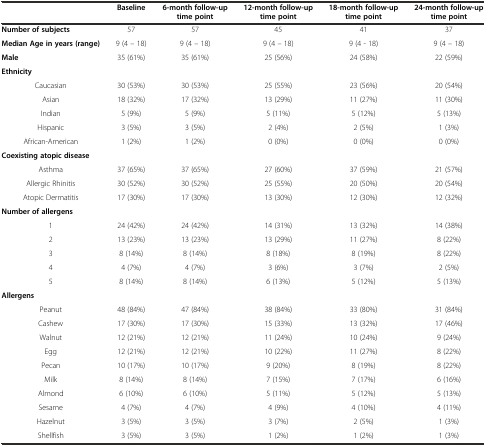
<table><thead><tr><td></td><td><b>Baseline</b></td><td><b>6-month follow-up time point</b></td><td><b>12-month follow-up time point</b></td><td><b>18-month follow-up time point</b></td><td><b>24-month follow-up time point</b></td></tr></thead><tbody><tr><td><b>Number of subjects</b></td><td>57</td><td>57</td><td>45</td><td>41</td><td>37</td></tr><tr><td><b>Median Age in years (range)</b></td><td>9 (4 – 18)</td><td>9 (4 – 18)</td><td>9 (4 – 18)</td><td>9 (4 - 18)</td><td>9 (4 – 18)</td></tr><tr><td><b>Male</b></td><td>35 (61%)</td><td>35 (61%)</td><td>25 (56%)</td><td>24 (58%)</td><td>22 (59%)</td></tr><tr><td colspan="6"><b>Ethnicity</b></td></tr><tr><td>Caucasian</td><td>30 (53%)</td><td>30 (53%)</td><td>25 (55%)</td><td>23 (56%)</td><td>20 (54%)</td></tr><tr><td>Asian</td><td>18 (32%)</td><td>17 (32%)</td><td>13 (29%)</td><td>11 (27%)</td><td>11 (30%)</td></tr><tr><td>Indian</td><td>5 (9%)</td><td>5 (9%)</td><td>5 (11%)</td><td>5 (12%)</td><td>5 (13%)</td></tr><tr><td>Hispanic</td><td>3 (5%)</td><td>3 (5%)</td><td>2 (4%)</td><td>2 (5%)</td><td>1 (3%)</td></tr><tr><td>African-American</td><td>1 (2%)</td><td>1 (2%)</td><td>0 (0%)</td><td>0 (0%)</td><td>0 (0%)</td></tr><tr><td colspan="5"><b>Coexisting atopic disease</b></td><td></td></tr><tr><td>Asthma</td><td>37 (65%)</td><td>37 (65%)</td><td>27 (60%)</td><td>37 (59%)</td><td>21 (57%)</td></tr><tr><td>Allergic Rhinitis</td><td>30 (52%)</td><td>30 (52%)</td><td>25 (55%)</td><td>20 (50%)</td><td>20 (54%)</td></tr><tr><td>Atopic Dermatitis</td><td>17 (30%)</td><td>17 (30%)</td><td>13 (30%)</td><td>12 (30%)</td><td>12 (32%)</td></tr><tr><td colspan="6"><b>Number of allergens</b></td></tr><tr><td>1</td><td>24 (42%)</td><td>24 (42%)</td><td>14 (31%)</td><td>13 (32%)</td><td>14 (38%)</td></tr><tr><td>2</td><td>13 (23%)</td><td>13 (23%)</td><td>13 (29%)</td><td>11 (27%)</td><td>8 (22%)</td></tr><tr><td>3</td><td>8 (14%)</td><td>8 (14%)</td><td>8 (18%)</td><td>8 (19%)</td><td>8 (22%)</td></tr><tr><td>4</td><td>4 (7%)</td><td>4 (7%)</td><td>3 (6%)</td><td>3 (7%)</td><td>2 (5%)</td></tr><tr><td>5</td><td>8 (14%)</td><td>8 (14%)</td><td>6 (13%)</td><td>5 (12%)</td><td>5 (13%)</td></tr><tr><td colspan="6"><b>Allergens</b></td></tr><tr><td>Peanut</td><td>48 (84%)</td><td>47 (84%)</td><td>38 (84%)</td><td>33 (80%)</td><td>31 (84%)</td></tr><tr><td>Cashew</td><td>17 (30%)</td><td>17 (30%)</td><td>15 (33%)</td><td>13 (32%)</td><td>17 (46%)</td></tr><tr><td>Walnut</td><td>12 (21%)</td><td>12 (21%)</td><td>11 (24%)</td><td>10 (24%)</td><td>9 (24%)</td></tr><tr><td>Egg</td><td>12 (21%)</td><td>12 (21%)</td><td>10 (22%)</td><td>11 (27%)</td><td>8 (22%)</td></tr><tr><td>Pecan</td><td>10 (17%)</td><td>10 (17%)</td><td>9 (20%)</td><td>8 (19%)</td><td>8 (22%)</td></tr><tr><td>Milk</td><td>8 (14%)</td><td>8 (14%)</td><td>7 (15%)</td><td>7 (17%)</td><td>6 (16%)</td></tr><tr><td>Almond</td><td>6 (10%)</td><td>6 (10%)</td><td>5 (11%)</td><td>5 (12%)</td><td>5 (13%)</td></tr><tr><td>Sesame</td><td>4 (7%)</td><td>4 (7%)</td><td>4 (9%)</td><td>4 (10%)</td><td>4 (11%)</td></tr><tr><td>Hazelnut</td><td>3 (5%)</td><td>3 (5%)</td><td>3 (7%)</td><td>2 (5%)</td><td>1 (3%)</td></tr><tr><td>Shellfish</td><td>3 (5%)</td><td>3 (5%)</td><td>1 (2%)</td><td>1 (2%)</td><td>1 (3%)</td></tr></tbody></table>